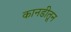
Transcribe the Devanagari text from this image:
कानडीतून